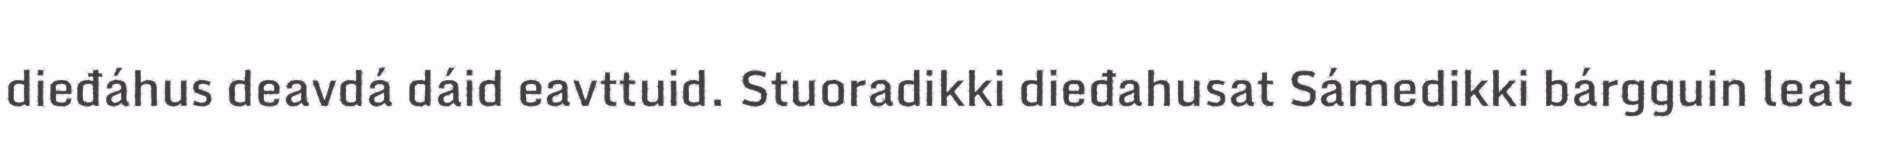
dieđáhus deavdá dáid eavttuid. Stuoradikki dieđahusat Sámedikki bárgguin leat